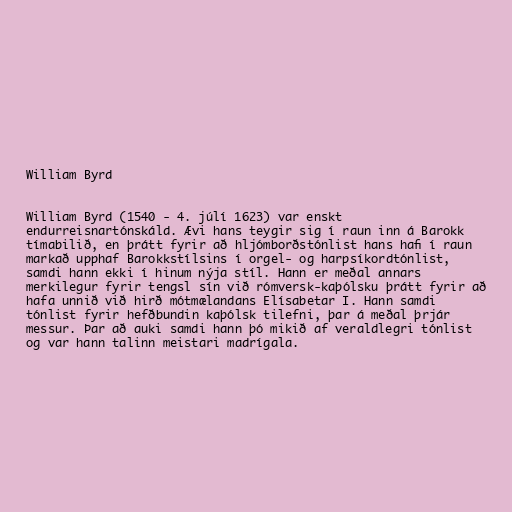
William Byrd

William Byrd (1540 - 4. júlí 1623) var enskt
endurreisnartónskáld. Ævi hans teygir sig í raun inn á Barokk
tímabilið, en þrátt fyrir að hljómborðstónlist hans hafi í raun
markað upphaf Barokkstílsins í orgel- og harpsíkordtónlist,
samdi hann ekki í hinum nýja stíl. Hann er meðal annars
merkilegur fyrir tengsl sín við rómversk-kaþólsku þrátt fyrir að
hafa unnið við hirð mótmælandans Elísabetar I. Hann samdi
tónlist fyrir hefðbundin kaþólsk tilefni, þar á meðal þrjár
messur. Þar að auki samdi hann þó mikið af veraldlegri tónlist
og var hann talinn meistari madrígala.